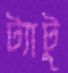
ট্যাটু